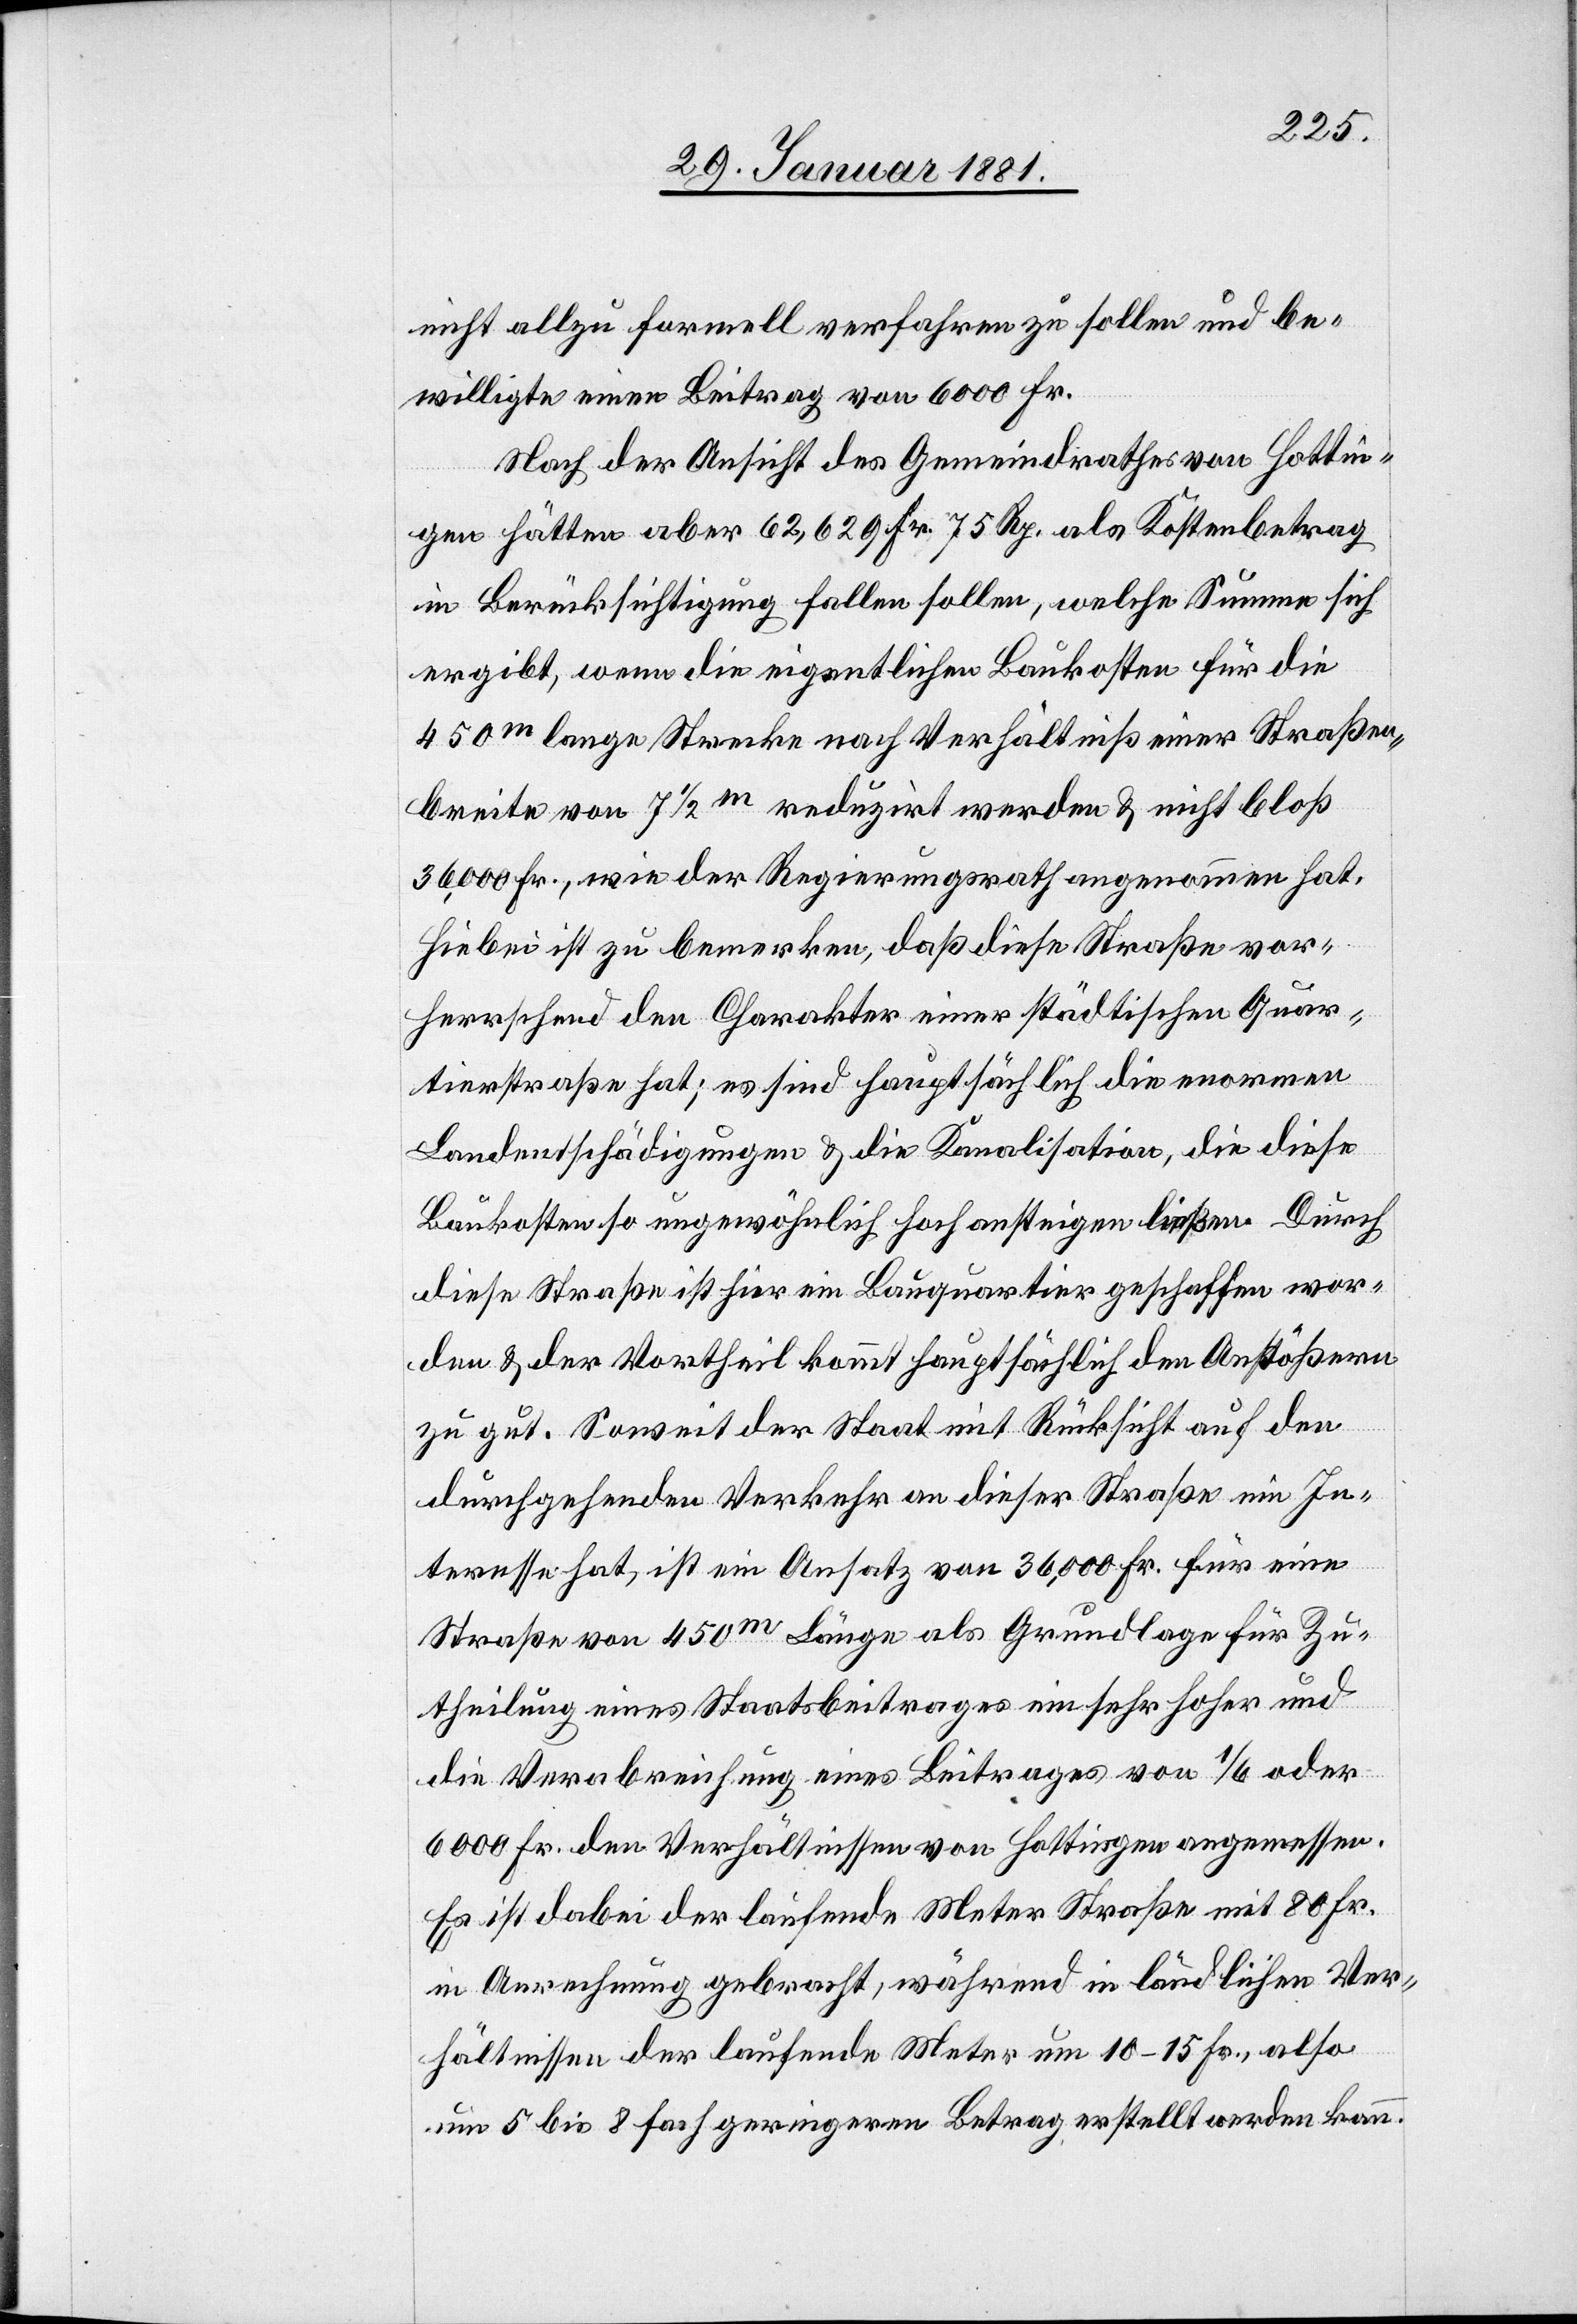
nicht allzu formell verfahren zu sollen und be¬
willigte einen Beitrag von 6000 Fr.
Nach der Ansicht des Gemeindrathes von Hottin¬
gen hätten aber 62,629 Fr. 75 Rp. als Kostenbetrag
in Berücksichtigung fallen sollen, welche Summe sich
ergibt, wenn die eigentlichen Baukosten für die
450m lange Strecke nach Verhältniß einer Straßen¬
breite von 7 1/2 m reduzirt werden & nicht bloß
36,000 Fr., wie der Regierungsrath angenommen hat.
Hiebei ist zu bemerken, daß diese Straße vor¬
herrschend den Charakter einer städtischen Quar¬
tierstraße hat; es sind hauptsächlich die enormen
Landentschädigungen & die Kanalisation, die diese
Baukosten so ungewöhnlich hoch ansteigen ließen. Durch
diese Straße ist hier ein Bauquartier geschaffen wor¬
den & der Vortheil kommt hauptsächlich den Anstößern
zu gut. Soweit der Staat mit Rücksicht auf den
durchgehenden Verkehr an dieser Straße ein In¬
teresse hat, ist ein Ansatz von 36,000 Fr. für eine
Straße von 450m Länge als Grundlage für Zu¬
theilung eines Staatsbeitrages ein sehr hoher und
die Verabreichung eines Beitrages von 1/6 oder
6000 Fr. den Verhältnissen von Hottingen angemessen.
Es ist dabei der laufende Meter Straße mit 80 Fr.
in Anrechnung gebracht, während in ländlichen Ver¬
hältnissen der laufende Meter um 10–15 Fr., also
um 5 bis 8 fach geringeren Betrag erstellt werden kann.